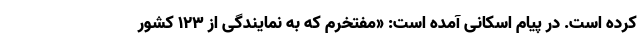
کرده است. در پیام اسکانی آمده است: «مفتخرم که به نمایندگی از 123 کشور